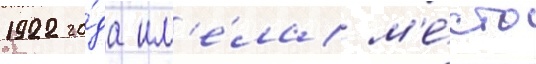
1922 го́да им'е́ла м'е́сто